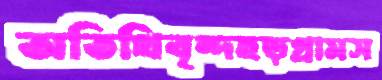
অতিথিবৃন্দহড়গ্রামস